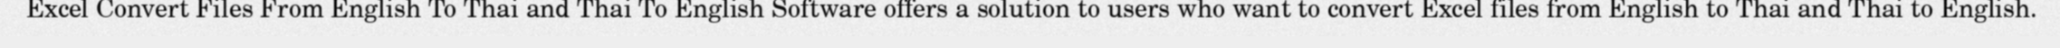
Excel Convert Files From English To Thai and Thai To English Software offers a solution to users who want to convert Excel files from English to Thai and Thai to English.